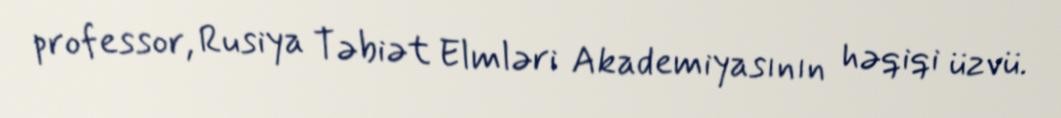
professor, Rusiya Təbiət Elmləri Akademiyasının həqiqi üzvü.